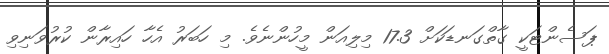
ޕަސެންޓަކީ ގާތްގަނޑަކަށް 17.3 މިލިއަން މީހުންނެވެ. މި ހަބަރު އެހާ ހައިރާން ކުރުވަނިވި